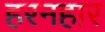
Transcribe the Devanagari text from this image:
हरनहार